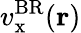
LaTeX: v_{\mathrm{x}}^{\mathrm{BR}}(\mathbf{r})